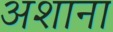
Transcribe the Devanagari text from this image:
अशाना